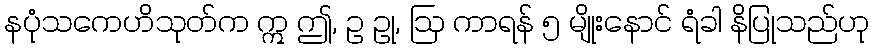
နပုံသကေဟိသုတ်က ဣ ဤ, ဥ ဥု, ဩ ကာရန် ၅ မျိုးနောင် ရံခါ နိပြုသည်ဟု